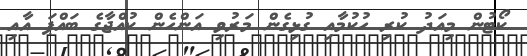
ކޯޓުން މިއަދު ކުރި ހުކުމާއި ގުޅިގެން މަރުވި އަންހެން ކުއްޖާގެ ބައްޕަ އާއި